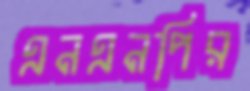
এনএনপির